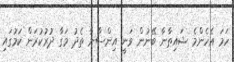
ހަމަ އެހެންމެ ޝައިޠާނާ ބޭނުން ވަނީ އިންސާނާ ތެދު މަގާ ދުރުކުރަން ކަމުގައި